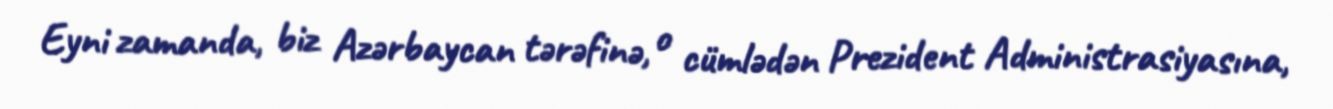
Eyni zamanda, biz Azərbaycan tərəfinə, o cümlədən Prezident Administrasiyasına,